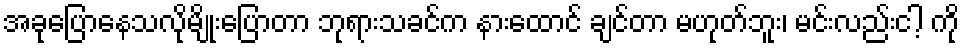
အခုပြောနေသလိုမျိုးပြောတာ ဘုရားသခင်က နားထောင် ချင်တာ မဟုတ်ဘူး၊ မင်းလည်းငါ့ ကို